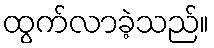
ထွက်လာခဲ့သည်။